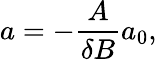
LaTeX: a=-\frac{A}{\delta B}a_{0},